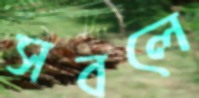
সবলে